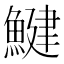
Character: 鰎